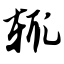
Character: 辄